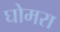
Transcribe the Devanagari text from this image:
घोमरा